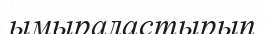
ымыраластырып